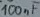
Text: 100nF